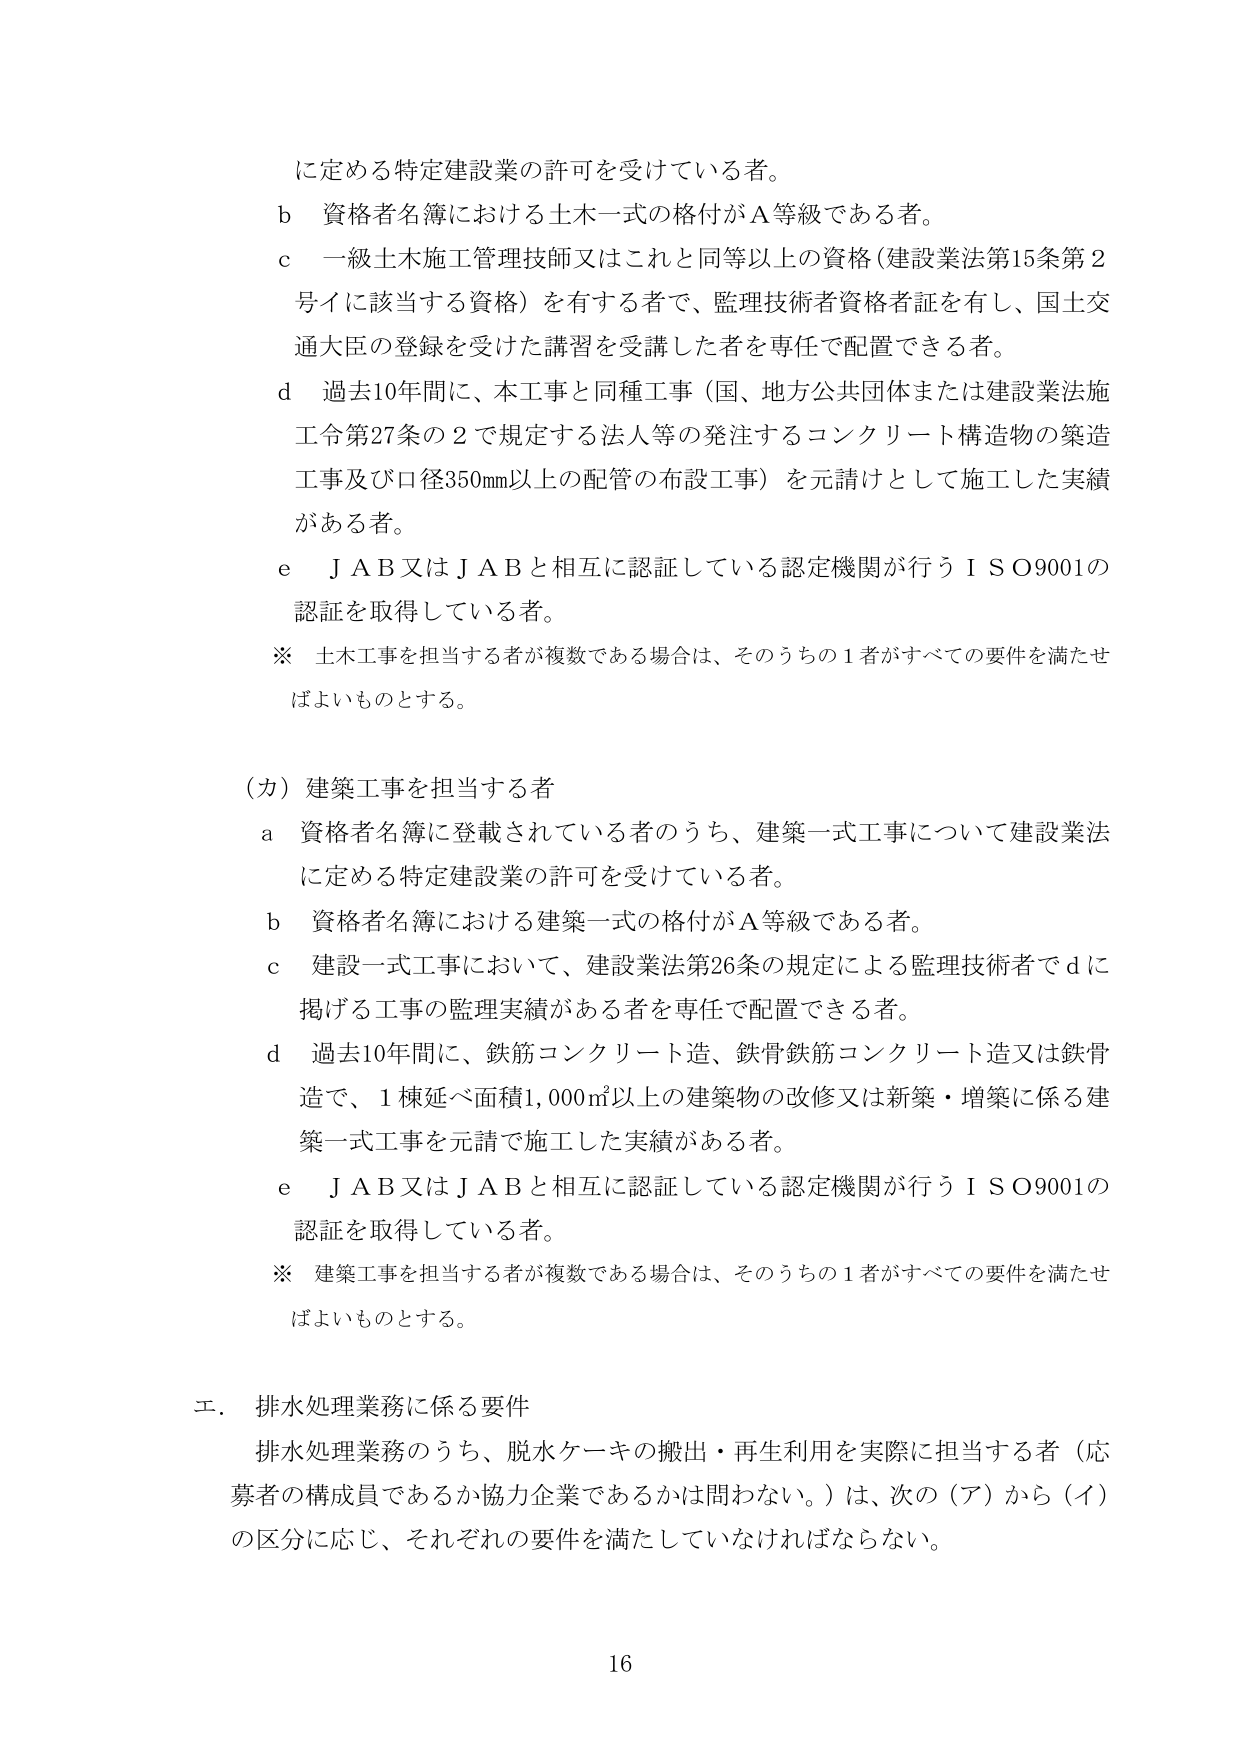
に定める特定建設業の許可を受けている者。
b 資格者名簿における土木一式の格付がＡ等級である者。
c 一級土木施工管理技師又はこれと同等以上の資格（建設業法第15条第2号イに該当する資格）を有する者で、監理技術者資格者証を有し、国土交通大臣の登録を受けた講習を受講した者を専任で配置できる者。
d 過去10年間に、本工事と同種工事（国、地方公共団体または建設業法施工令第27条の2で規定する法人等の発注するコンクリート構造物の築造工事及び口径350mm以上の配管の布設工事）を元請けとして施工した実績がある者。
e ＪＡＢ又はＪＡＢと相互に認証している認定機関が行うＩＳＯ9001の認証を取得している者。
※ 土木工事を担当する者が複数である場合は、そのうちの1者がすべての要件を満たせばよいものとする。

（カ）建築工事を担当する者
a 資格者名簿に登載されている者のうち、建築一式工事について建設業法に定める特定建設業の許可を受けている者。
b 資格者名簿における建築一式の格付がＡ等級である者。
c 建設一式工事において、建設業法第26条の規定による監理技術者でｄに掲げる工事の監理実績がある者を専任で配置できる者。
d 過去10年間に、鉄筋コンクリート造、鉄骨鉄筋コンクリート造又は鉄骨造で、1棟延べ面積1,000㎡以上の建築物の改修又は新築・増築に係る建築一式工事を元請で施工した実績がある者。
e ＪＡＢ又はＪＡＢと相互に認証している認定機関が行うＩＳＯ9001の認証を取得している者。
※ 建築工事を担当する者が複数である場合は、そのうちの1者がすべての要件を満たせばよいものとする。

エ．排水処理業務に係る要件
排水処理業務のうち、脱水ケーキの搬出・再生利用を実際に担当する者（応募者の構成員であるか協力企業であるかは問わない。）は、次の（ア）から（イ）の区分に応じ、それぞれの要件を満たしていなければならない。

16